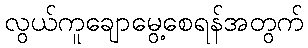
လွယ်ကူချောမွေ့စေရန်အတွက်